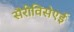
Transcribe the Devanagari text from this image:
सैरीविसेएई